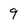
Character: 9